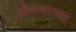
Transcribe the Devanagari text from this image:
ओतणाऱ्या